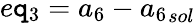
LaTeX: e\mathtt{q}_{3}={a_{6}}-{a_{6}}_{sol}